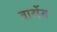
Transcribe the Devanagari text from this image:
बार्गेन